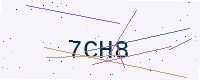
Text: 7CH8